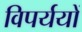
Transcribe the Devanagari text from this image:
विपर्ययों